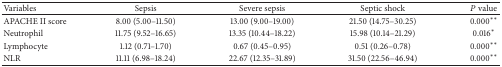
<table><thead><tr><td><b>Variables</b></td><td><b>Sepsis</b></td><td><b>Severe sepsis</b></td><td><b>Septic shock</b></td><td><b><i>P</i> value</b></td></tr></thead><tbody><tr><td>APACHE II score</td><td>8.00 (5.00–11.50)</td><td>13.00 (9.00–19.00)</td><td>21.50 (14.75–30.25)</td><td>0.000<sup><i>∗∗</i></sup></td></tr><tr><td>Neutrophil </td><td>11.75 (9.52–16.65)</td><td>13.35 (10.44–18.22)</td><td>15.98 (10.14–21.29)</td><td>0.016<sup><i>∗</i></sup></td></tr><tr><td>Lymphocyte </td><td>1.12 (0.71–1.70)</td><td>0.67 (0.45–0.95)</td><td>0.51 (0.26–0.78)</td><td>0.000<sup><i>∗∗</i></sup></td></tr><tr><td>NLR</td><td>11.11 (6.98–18.24)</td><td>22.67 (12.35–31.89)</td><td>31.50 (22.56–46.94)</td><td>0.000<sup><i>∗∗</i></sup></td></tr></tbody></table>